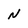
Character: N